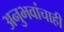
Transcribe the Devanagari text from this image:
अनुभवांचाही